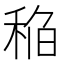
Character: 𰨬